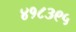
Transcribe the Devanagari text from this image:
४१८३९५